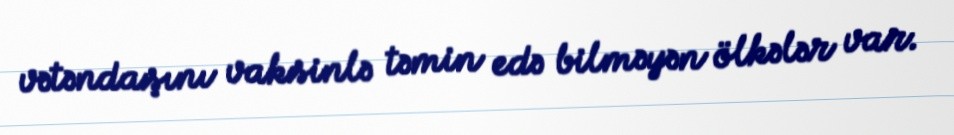
vətəndaşını vaksinlə təmin edə bilməyən ölkələr var.